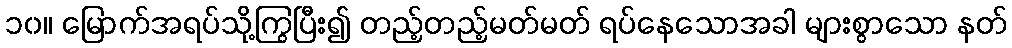
၁၀။ မြောက်အရပ်သို့ကြွပြီး၍ တည့်တည့်မတ်မတ် ရပ်နေသောအခါ များစွာသော နတ်